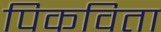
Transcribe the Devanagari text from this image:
पिकविता